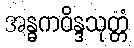
အန္ဓကဝိန္ဒသုတ္တံ